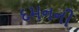
દમનની